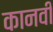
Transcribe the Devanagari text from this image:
कानवी